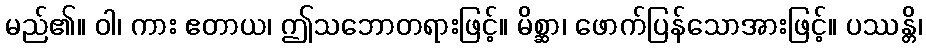
မည်၏။ ဝါ၊ ကား ဧတာယ၊ ဤသဘောတရားဖြင့်။ မိစ္ဆာ၊ ဖောက်ပြန်သောအားဖြင့်။ ပဿန္တိ၊